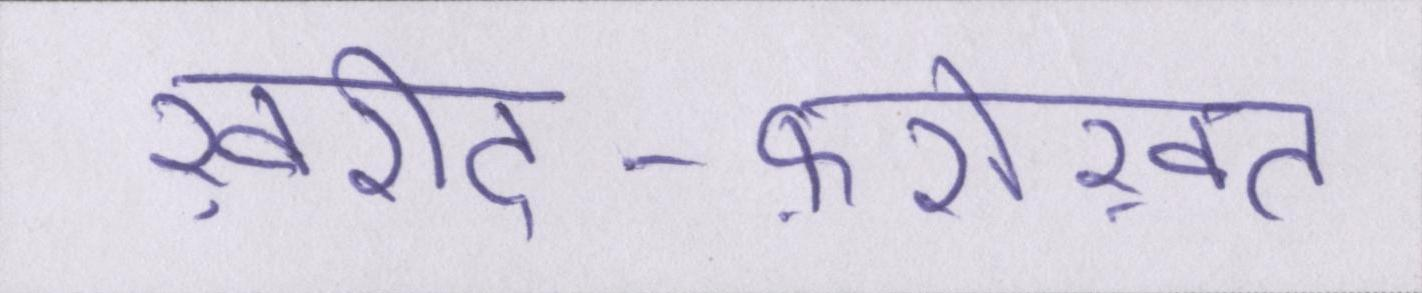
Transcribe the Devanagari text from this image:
ख़रीद-फ़रोख़्त